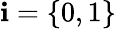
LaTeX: \mathbf{i}=\{ 0,1\}